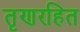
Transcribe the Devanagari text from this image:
तृणरहित